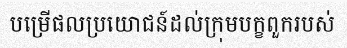
បម្រើផលប្រយោជន៍ដល់ក្រុមបក្ខពួករបស់